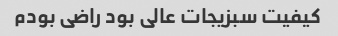
کیفیت سبزیجات عالی بود راضی بودم